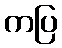
ကပြ